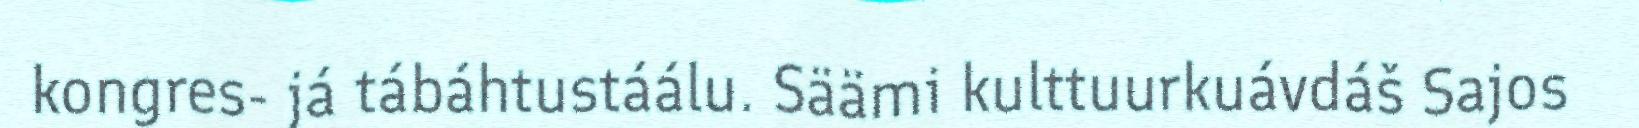
kongres- já tábáhtustáálu. Säämi kulttuurkuávdáš Sajos